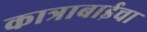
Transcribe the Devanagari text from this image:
कात्राबाईचा